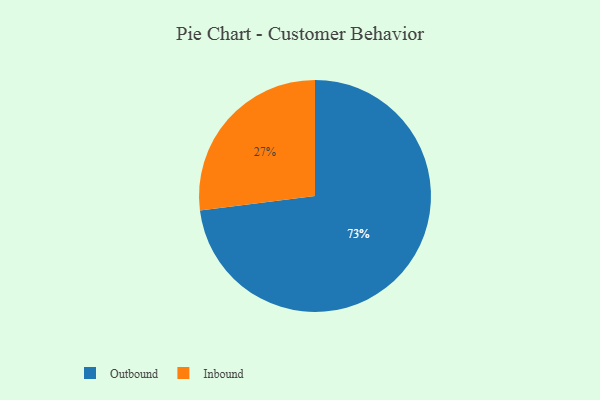
{"axis": {"x": "Category", "y": "Percentage"}, "legend": ["Inbound", "Outbound"], "data": [{"x": "Outbound", "y": 73, "type": "Outbound"}, {"x": "Inbound", "y": 27, "type": "Inbound"}]}